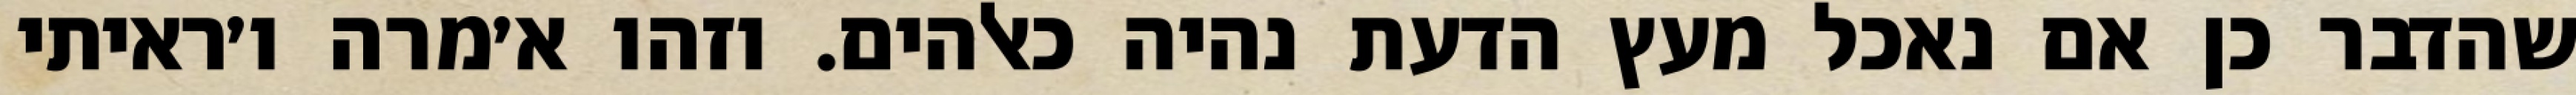
שהדבר כן אם נאכל מעץ הדעת נהיה כאלהים. וזהו א׳מרה ו׳ראיתי